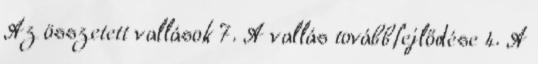
Az összetett vallások 7. A vallás továbbfejlődése 4. A